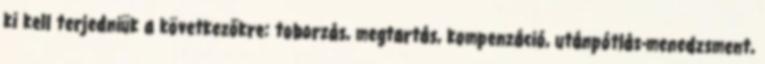
ki kell terjedniük a következőkre: toborzás, megtartás, kompenzáció, utánpótlás-menedzsment,